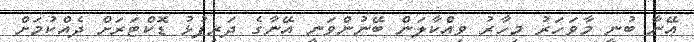
އޭނާ ބުނީ މާވަހަރު މިހާރު ވިއްކާލަން ބޭނުންވަނީ އޭނާގެ ދަރިފުޅު ޑޮކްޓަރަށް ދެއްކުމަށް